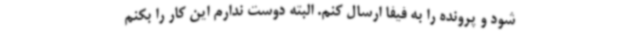
شود و پرونده را به فیفا ارسال کنم. البته دوست ندارم این کار را بکنم